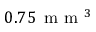
0 . 7 5 \, \mathrm { ~ m ~ m ~ } ^ { 3 }